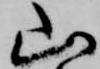
山